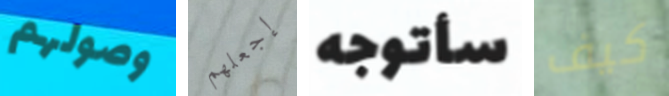
وصولهم إجعلهم سأتوجه كيف